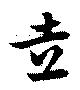
走